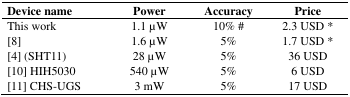
| Device name | Power | Accuracy | Price |
 | --- | --- | --- | --- |
 | This work | 1.1 μW | 10% # | 2.3 USD * |
 | [8] | 1.6 μW | 5% | 1.7 USD * |
 | [4] (SHT11) | 28 μW | 5% | 36 USD |
 | [10] HIH5030 | 540 μW | 5% | 6 USD |
 | [11] CHS-UGS | 3 mW | 5% | 17 USD |